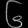
Digit: ၆